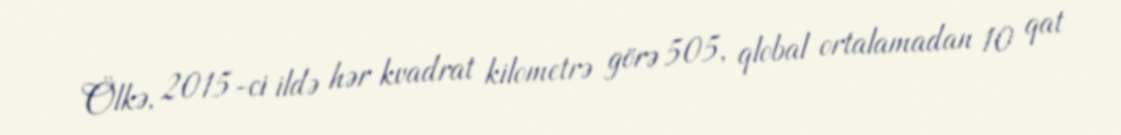
Ölkə, 2015-ci ildə hər kvadrat kilometrə görə 505, qlobal ortalamadan 10 qat